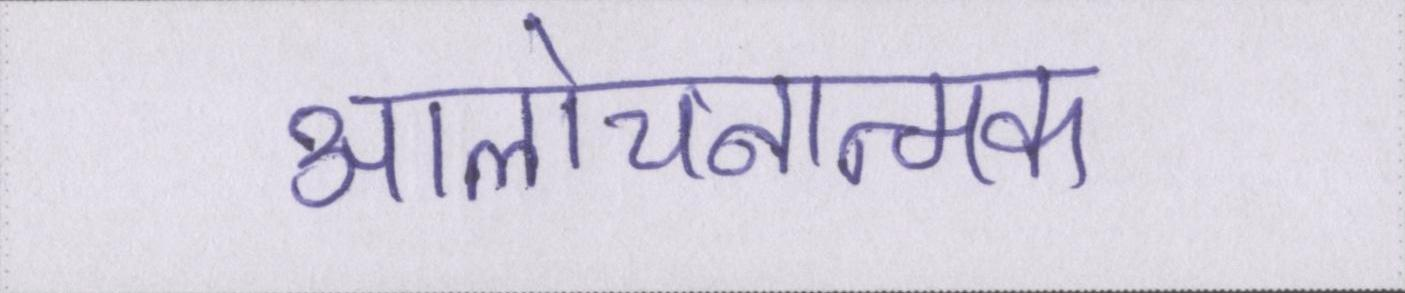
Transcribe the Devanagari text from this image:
आलोचनात्मक